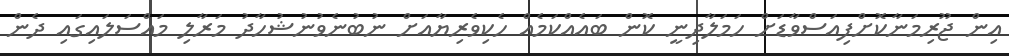
އިން ޖޫރިމަނާކޮށްފިއަސްވާޑަށް ހަމަލާދިނީ ކޮން ބައެއްކަމެއް ހެކިވެރިޔާއަށް ނުބުނެވުނުޝުހާދު މަރާލި މައްސަލައިގައި ދެން